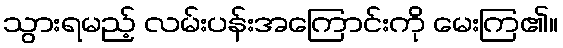
သွားရမည့် လမ်းပန်းအကြောင်းကို မေးကြ၏။